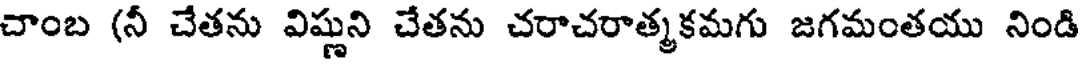
చాంబ (నీ చేతను విష్ణుని చేతను చరాచరాత్మకమగు జగమంతయు నిండి